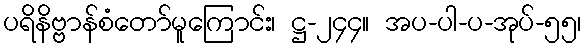
ပရိနိဗ္ဗာန်စံတော်မူကြောင်း၊ ဋ္ဌ-၂၄၄။ အပ-ပါ-ပ-အုပ်-၅၅၊